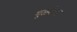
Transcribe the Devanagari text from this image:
मूळदेवता